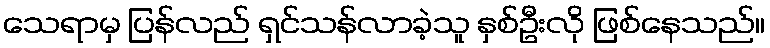
သေရာမှ ပြန်လည် ရှင်သန်လာခဲ့သူ နှစ်ဦးလို ဖြစ်နေသည်။